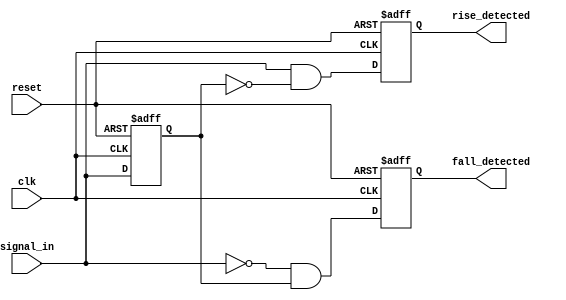
module dual_edge_detector (
    input wire clk,            // Clock signal
    input wire reset,          // Asynchronous reset signal
    input wire signal_in,      // Input signal to detect edges
    output reg rise_detected,  // Output signal for rising edge detection
    output reg fall_detected    // Output signal for falling edge detection
);

    // Memory blocks to hold previous states
    reg prev_state;            // Holds the state of signal_in from the previous clock cycle
    reg prev_prev_state;       // Holds the state of signal_in from two clock cycles ago

    // Sequential logic for state capture and edge detection
    always @(posedge clk or posedge reset) begin
        if (reset) begin
            // Initialize memory blocks and outputs on reset
            prev_prev_state <= 1'b0;
            prev_state <= 1'b0;
            rise_detected <= 1'b0;
            fall_detected <= 1'b0;
        end else begin
            // Update previous states
            prev_prev_state <= prev_state;
            prev_state <= signal_in;

            // Edge detection logic
            rise_detected <= (signal_in && !prev_state); // Rising edge detected
            fall_detected <= (!signal_in && prev_state); // Falling edge detected
        end
    end

endmodule